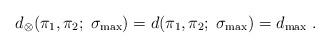
LaTeX: \begin{align*}d_\otimes(\pi_1,\pi_2;\;\sigma_{\max}) =d(\pi_1,\pi_2;\;\sigma_{\max}) = d_{\max}\;.\end{align*}